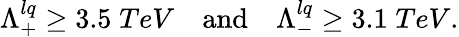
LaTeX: \begin{array}{lll}{{\Lambda_{+}^{lq}\geq 3.5\; TeV}}&{{\mathrm{and}}}&{{\Lambda_{-}^{lq}\geq 3.1\; TeV.}}\end{array}